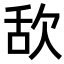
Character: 𣢯